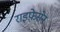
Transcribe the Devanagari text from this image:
राइफ़ेसेन